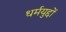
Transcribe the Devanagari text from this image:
धर्मयुद्दों